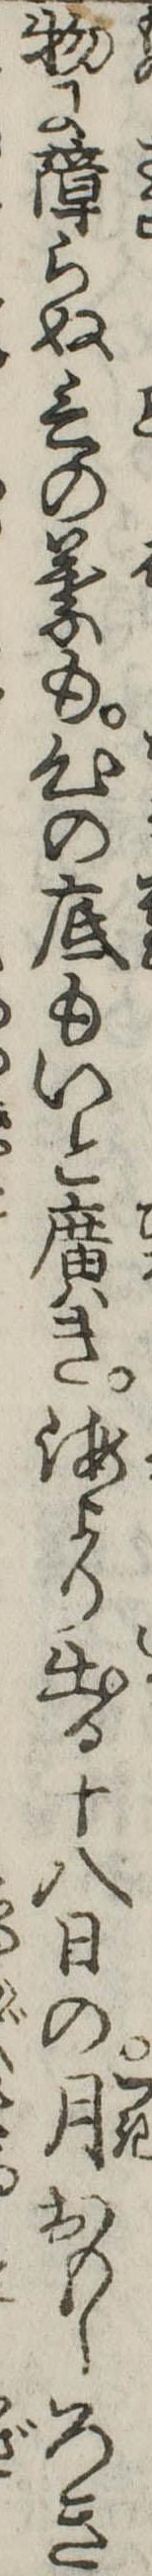
物に障らぬ言の葉も心の底もいと広き海より出る十八日の月おもしろき